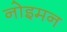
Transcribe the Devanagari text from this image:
नोइमन